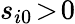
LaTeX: s_{i0}\! >\! 0